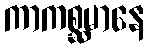
ကာကစ္ဆမာနေ